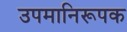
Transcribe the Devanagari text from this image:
उपमानिरूपक